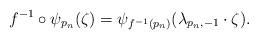
LaTeX: \begin{align*}f^{-1}\circ \psi_{p_n}(\zeta)=\psi_{f^{-1}(p_n)}(\lambda_{p_n,-1}\cdot \zeta).\end{align*}